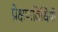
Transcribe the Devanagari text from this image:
प्रेक्षणविधियों